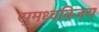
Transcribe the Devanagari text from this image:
सुमध्वविजय